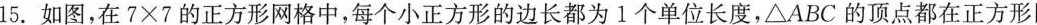
15.如图，在7×7的正方形网格中，每个小正方形的边长都为1个单位长度， \bigtriangleup ABC的顶点都在正方形网